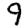
Digit: 9